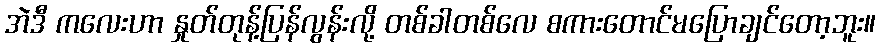
အဲဒီ ကလေးဟာ နှုတ်တုန့်ပြန်လွန်းလို့ တစ်ခါတစ်လေ စကားတောင်မပြောချင်တော့ဘူး။